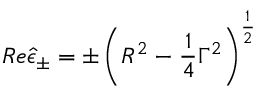
R e \hat { \epsilon } _ { \pm } = \pm \left( R ^ { 2 } - \frac 1 4 \Gamma ^ { 2 } \right) ^ { \frac 1 2 }